342_HS1-416511228_319.1 Flying Discs 1949
Agency: Department of War
Incident date: 1/9/50
Page 9
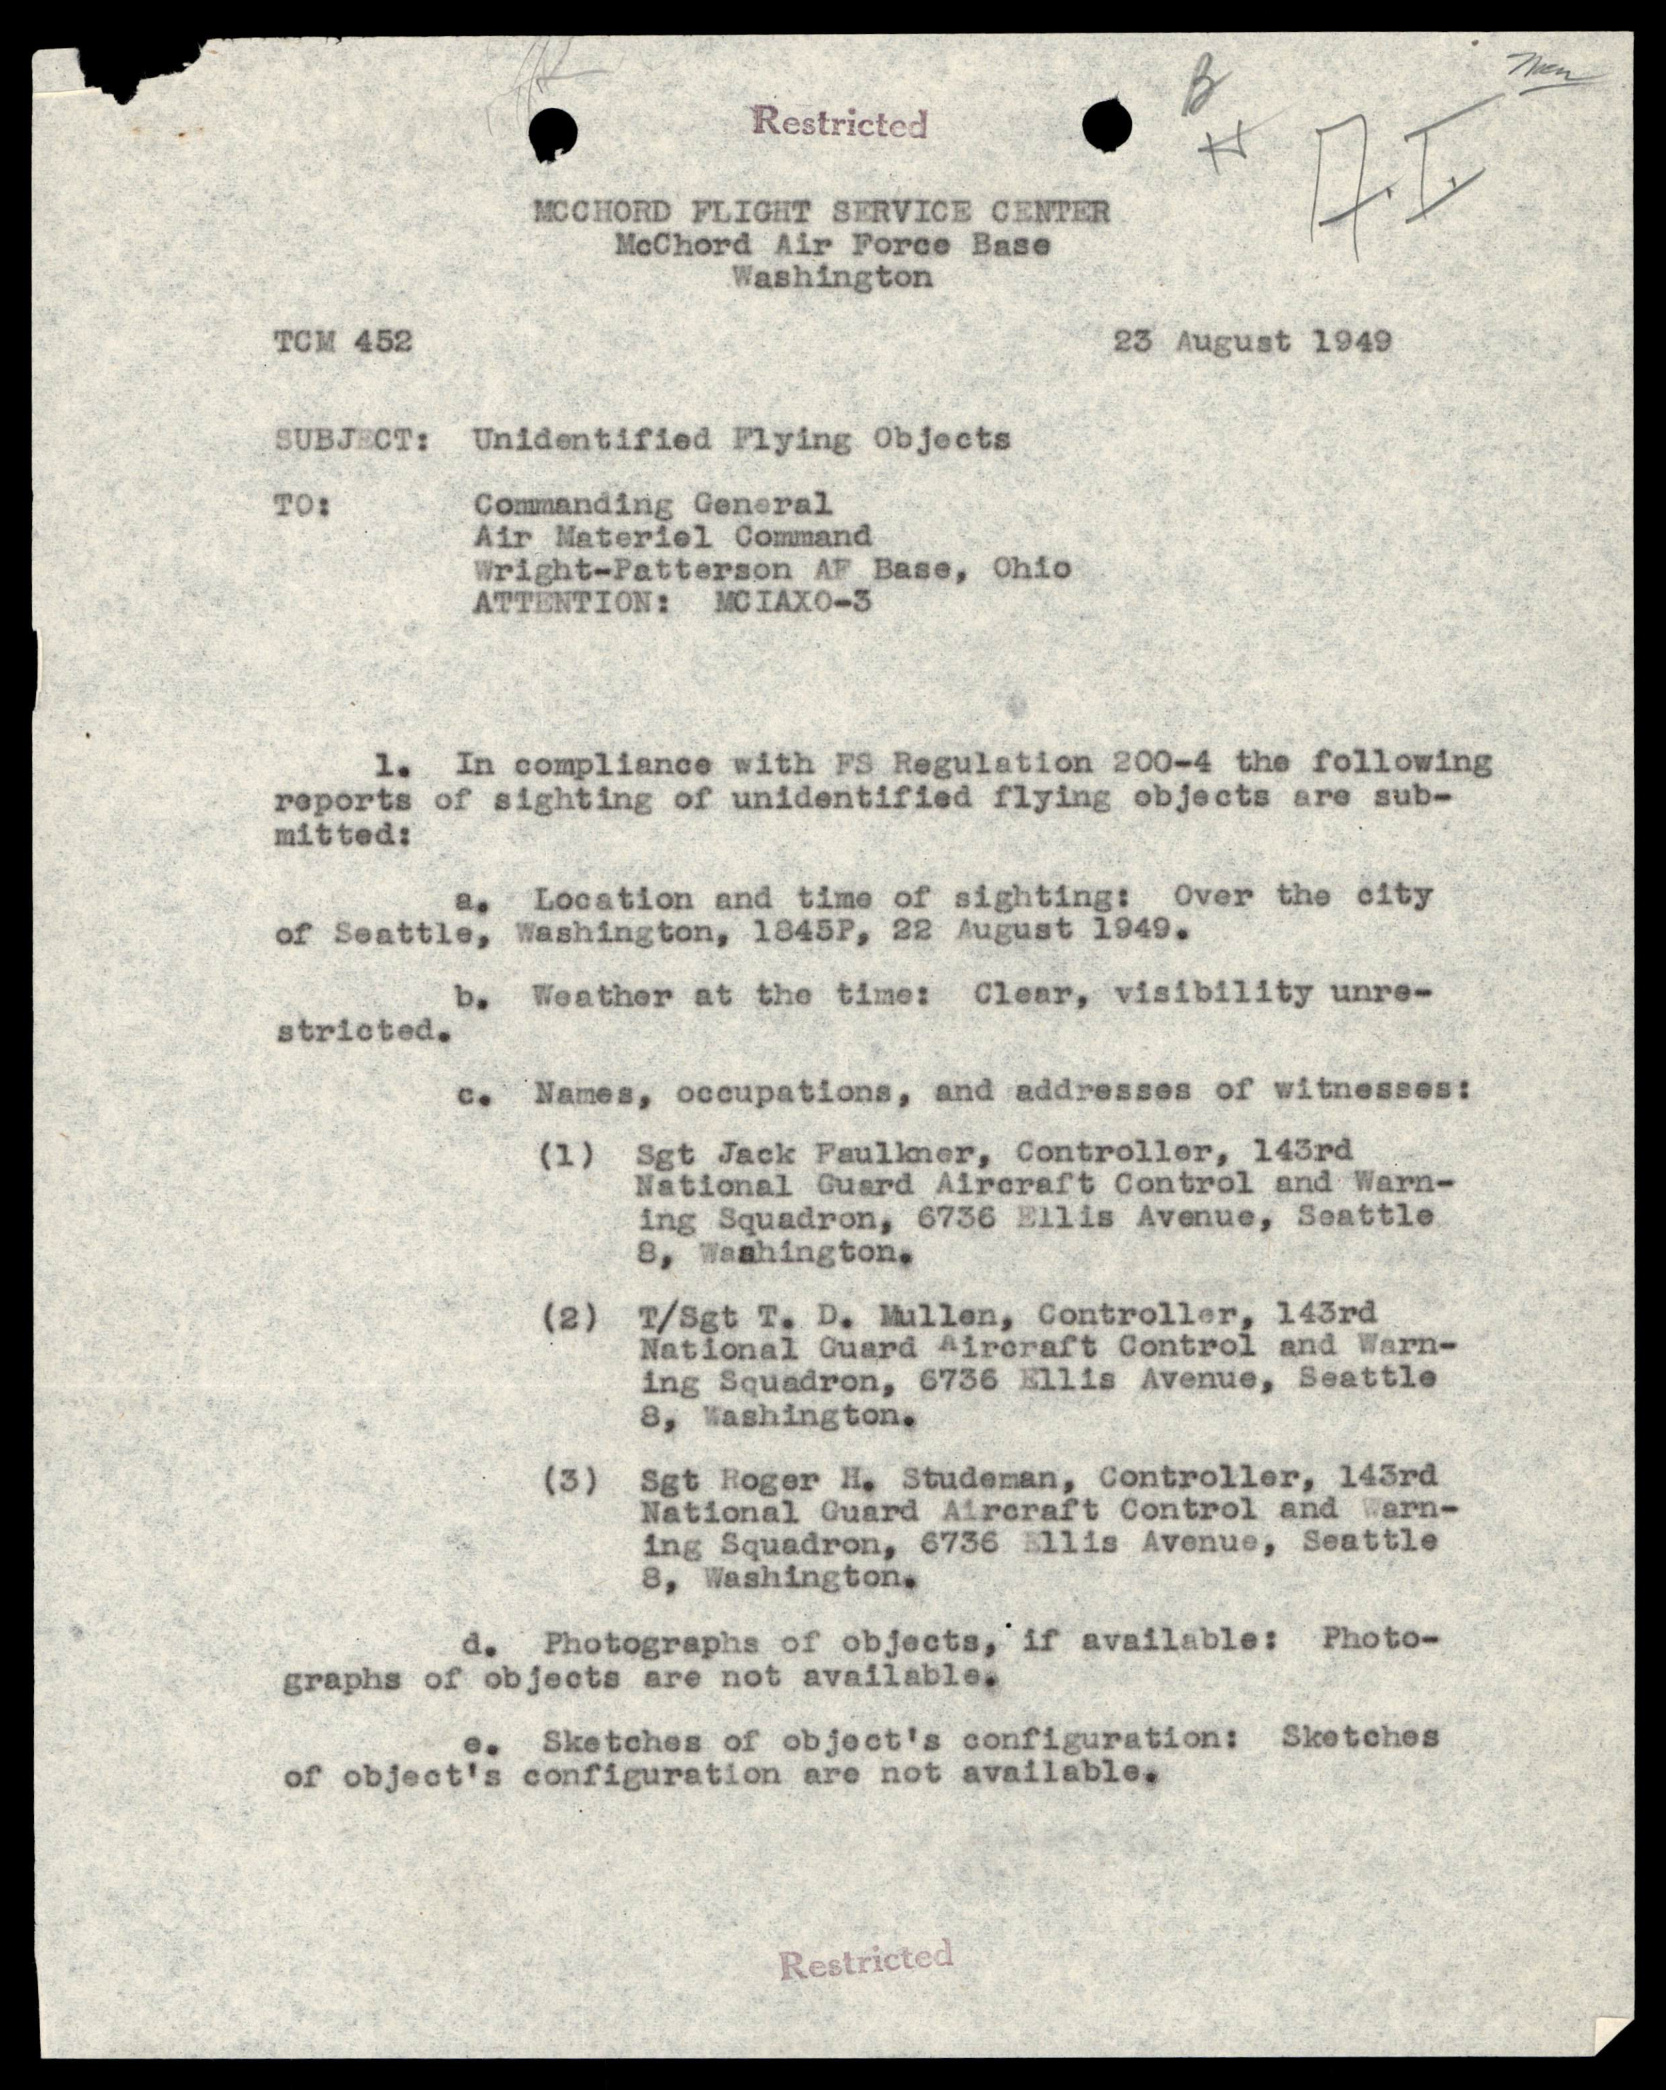